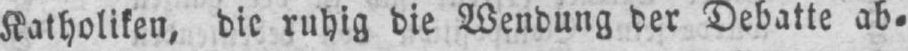
Katholiken, die ruhig die Wendung der Debatte ab⸗